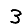
Digit: 3